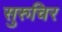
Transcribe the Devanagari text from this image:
सुरुचिर